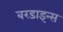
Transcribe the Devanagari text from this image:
बरडाइन्स